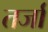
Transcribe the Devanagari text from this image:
तर्जा